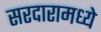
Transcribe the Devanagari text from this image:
सरदारामध्ये